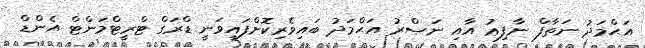
އަޙްމަދު ނަތާފް ނާފިޢު އާއި ނަޞްރު އަޙްމަދު ބައިވެރިކޮށްފައިވަނީ ޑްރަގް ޓްރީޓްމަންޓް އެންޑް